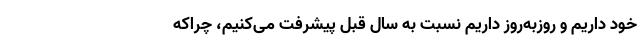
خود داریم و روزبه‌روز داریم نسبت به سال قبل پیشرفت می‌کنیم، چراکه